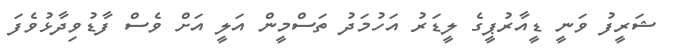
ޝަރީފު ވަނީ ޑީއާރުޕީގެ ލީޑަރު އަހުމަދު ތަސްމީން އަލީ އަށް ވެސް ފާޑުވިދާޅުވެފަ